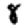
Digit: 8